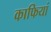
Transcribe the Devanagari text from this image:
काफियां